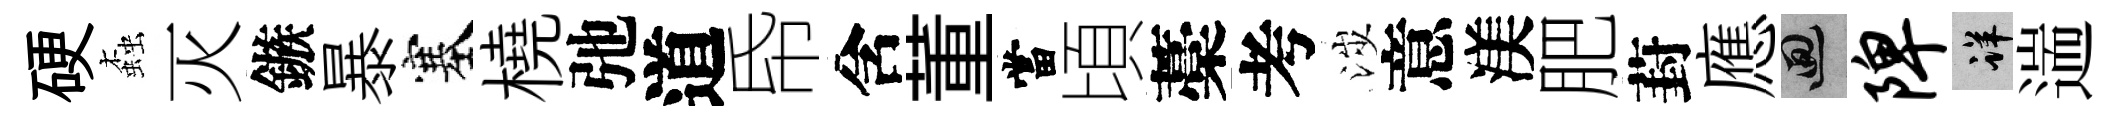
硬螙灭鏃暴塞橈弛道帋含董當頃藁考涉意渼肥葑應回陴详遄